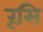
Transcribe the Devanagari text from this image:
रूसि